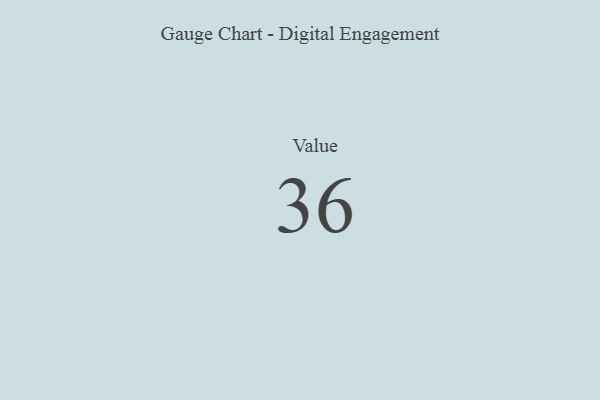
{"axis": {"x": "Metric", "y": "Value"}, "legend": [""], "data": [{"x": "Value", "y": 36, "type": ""}]}